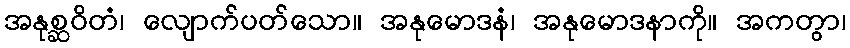
အနုစ္ဆဝိတံ၊ လျောက်ပတ်သော။ အနုမောဒနံ၊ အနုမောဒနာကို။ အကတွာ၊